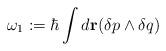
LaTeX: \begin{align*}\omega_1:= \hbar\int d{\bf r}(\delta p\wedge \delta q)\end{align*}